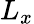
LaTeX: L_{x}